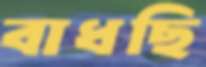
বাধছি